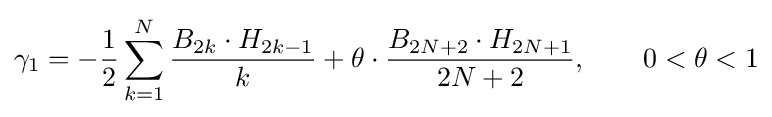
\gamma _{1}=-{\frac {1}{2}}\sum _{k=1}^{N}{\frac {B_{2k}\cdot H_{2k-1}}{k}}+\theta \cdot {\frac {B_{2N+2}\cdot H_{2N+1}}{2N+2}},\qquad 0<\theta <1